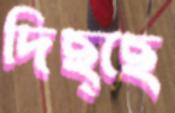
দিছ্ছে